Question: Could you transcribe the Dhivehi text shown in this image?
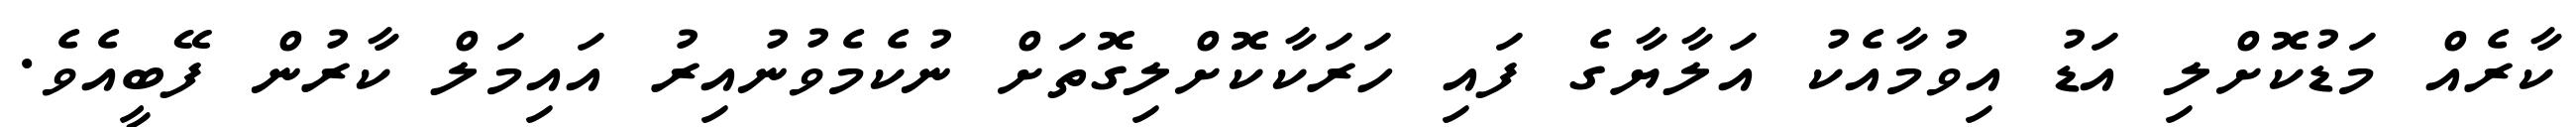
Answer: ކާރެއް މަޑުކޮށްލި އަޑު އިވުމާއެކު އަލާޔާގެ ފައި ހަރަކާކޮށްލިގޮތަށް ނުކެމެވުނުއިރު އައިމަލް ކާރުން ފޭބީއެވެ.